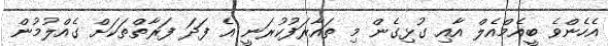
އެހެންވެ ބީއެމްއެލް އާއި ގުޅިގެން މި ތައާރަފުކުރަނީ އެ ފަދަ ފަރާތްތަކަށް ގެއްލުމުން